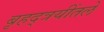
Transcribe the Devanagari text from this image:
बृहद्त्रयींतले